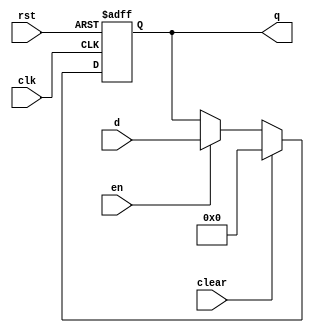
`timescale 1ns / 1ps
//////////////////////////////////////////////////////////////////////////////////
// Company: 
// Engineer: 
// 
// Design Name: 
// Module Name: flopenrc
// Project Name: 
// Target Devices: 
// Tool Versions: 
// Description: 
// 
// Dependencies: 
// 
// Revision:
// Revision 0.01 - File Created
// Additional Comments:
// 
//////////////////////////////////////////////////////////////////////////////////


module flopenrc #(parameter WIDTH = 8)(
    input wire clk,rst,en,clear,
    input wire[WIDTH-1:0] d,
    output reg[WIDTH-1:0] q
    );
    always @(posedge clk, posedge rst) begin
        if(rst) begin
            q<= 0;
            end
        else if (clear) begin
            q<= 0;
            end
        else if (en) begin
            q<= d;
            end
     end
endmodule